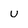
Character: u